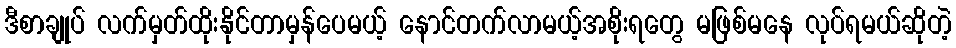
ဒီစာချုပ် လက်မှတ်ထိုးနိုင်တာမှန်ပေမယ့် နောင်တက်လာမယ့်အစိုးရတွေ မဖြစ်မနေ လုပ်ရမယ်ဆိုတဲ့